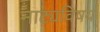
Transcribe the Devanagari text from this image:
नाट्यविषय